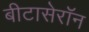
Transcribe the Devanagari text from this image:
बीटासेरॉन